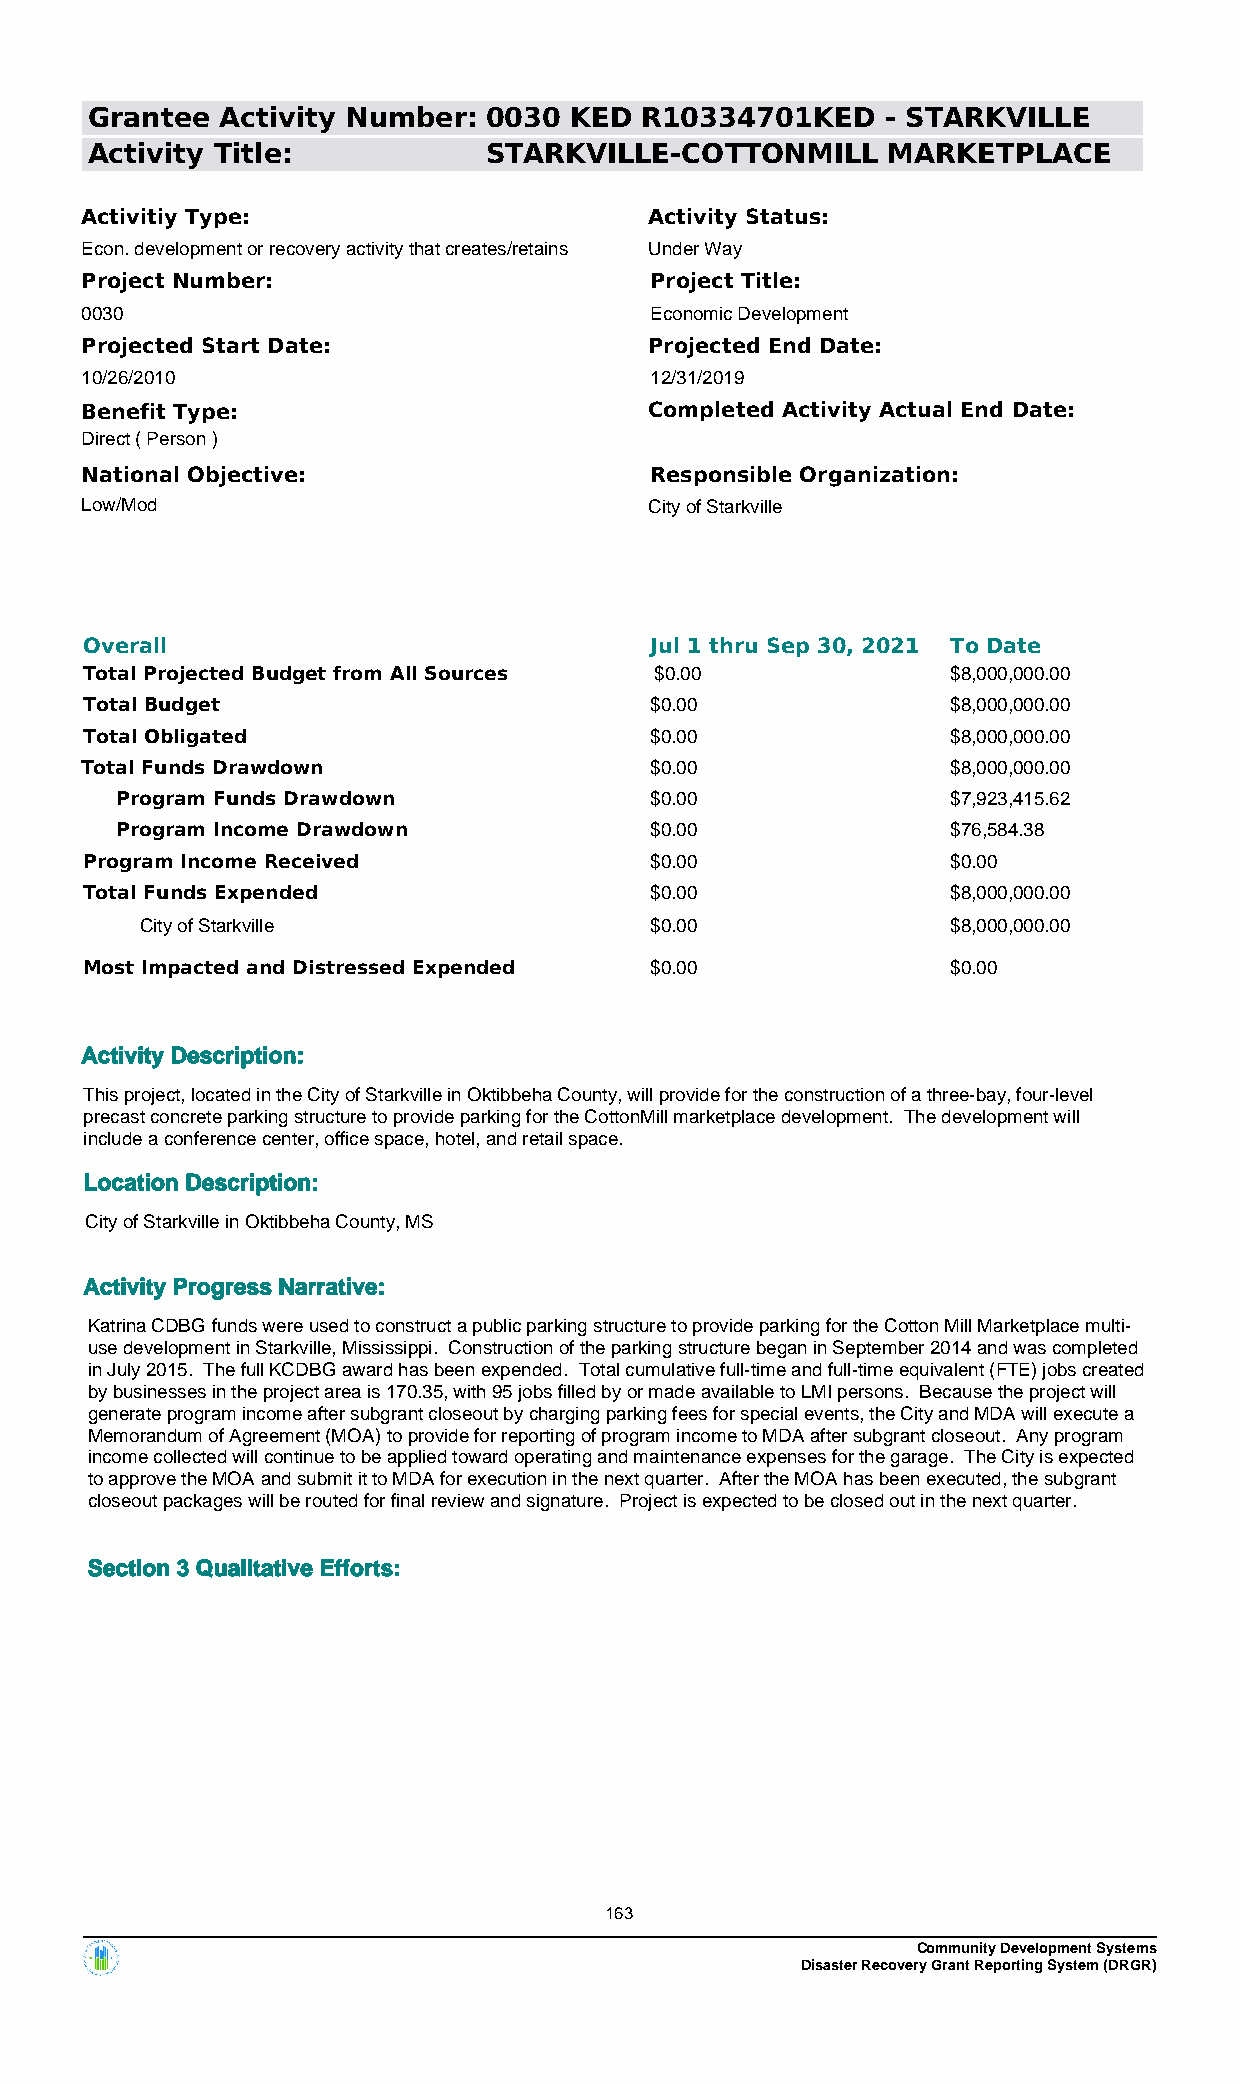
Grantee  Activity Number: 0030  KED R10334701KED     - STARKVILLE
 Activity Title:           STARKVILLE-COTTONMILL      MARKETPLACE
 Activitiy Type:                       Activity Status:
 Econ. development or recovery activity that creates/retains Under Way
 Project Number:                       Project Title:
 0030                                  Economic Development
 Projected Start Date:                 Projected End Date:
 10/26/2010                            12/31/2019
 Benefit Type:                         Completed Activity Actual End Date:
 Direct ( Person )
 National Objective:                   Responsible Organization:
 Low/Mod                               City of Starkville
 Overall                              Jul 1 thru Sep 30, 2021 To Date
 Total Projected Budget from All Sources $0.00            $8,000,000.00
 Total Budget                         $0.00               $8,000,000.00
 Total Obligated                      $0.00               $8,000,000.00
 Total Funds Drawdown                  $0.00               $8,000,000.00
 Program Funds Drawdown             $0.00               $7,923,415.62
 Program Income Drawdown            $0.00               $76,584.38
 Program Income Received              $0.00               $0.00
 Total Funds Expended                 $0.00               $8,000,000.00
 City of Starkville                $0.00               $8,000,000.00
 Most Impacted and Distressed Expended $0.00              $0.00
 Activity Description:
 This project, located in the City of Starkville in Oktibbeha County, will provide for the construction of a three-bay, four-level
 precast concrete parking structure to provide parking for the CottonMill marketplace development. The development will
 include a conference center, office space, hotel, and retail space.
 Location Description:
 City of Starkville in Oktibbeha County, MS
 Activity Progress Narrative:
 Katrina CDBG funds were used to construct a public parking structure to provide parking for the Cotton Mill Marketplace multi-
 use development in Starkville, Mississippi. Construction of the parking structure began in September 2014 and was completed
 in July 2015. The full KCDBG award has been expended. Total cumulative full-time and full-time equivalent (FTE) jobs created
 by businesses in the project area is 170.35, with 95 jobs filled by or made available to LMI persons. Because the project will
 generate program income after subgrant closeout by charging parking fees for special events, the City and MDA will execute a
 Memorandum of Agreement (MOA) to provide for reporting of program income to MDA after subgrant closeout. Any program
 income collected will continue to be applied toward operating and maintenance expenses for the garage. The City is expected
 to approve the MOA and submit it to MDA for execution in the next quarter. After the MOA has been executed, the subgrant
 closeout packages will be routed for final review and signature. Project is expected to be closed out in the next quarter.
 Section 3 Qualitative Efforts:
 163
 Community Development Systems
 Disaster Recovery Grant Reporting System (DRGR)